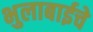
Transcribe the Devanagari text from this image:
भुलाबाईचे